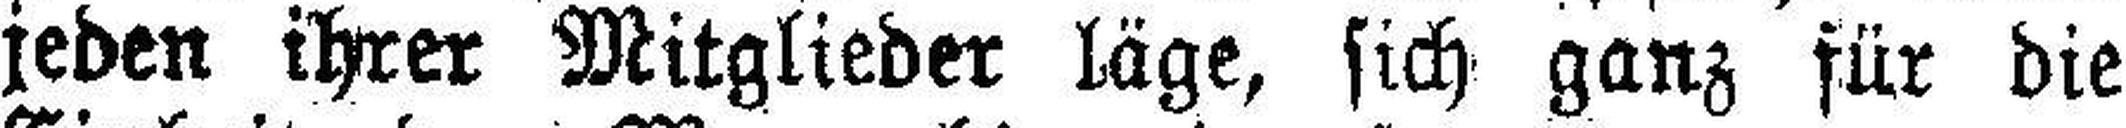
jeden ihrer Mitglieder läge, sich ganz für die